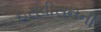
ઇસવીસનની